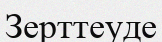
Зерттеуде